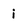
Character: i